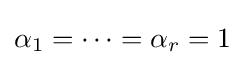
\alpha _{1}=\cdots =\alpha _{r}=1